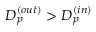
D _ { p } ^ { ( o u t ) } > D _ { p } ^ { ( i n ) }